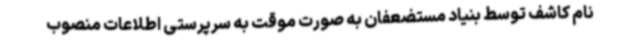
نام کاشف توسط بنیاد مستضعفان به صورت موقت به سرپرستی اطلاعات منصوب